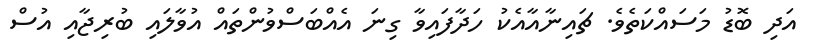
އަދި ބޮޑު މަސައްކަތެވެ. ޗައިނާއާއެކު ހަދާފައިވާ ގިނަ އެއްބަސްވުންތައް އުވާލައި ބުރިޖާއި އުސް